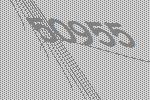
50955